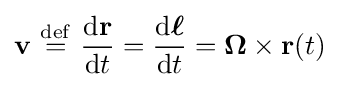
\mathbf {v} \ {\stackrel {\mathrm {def} }{=}}\ {\frac {\mathrm {d} \mathbf {r} }{\mathrm {d} t}}={\frac {\mathrm {d} \mathbf {\boldsymbol {\ell }} }{\mathrm {d} t}}=\mathbf {\Omega } \times \mathbf {r} (t)\